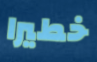
خطيرا